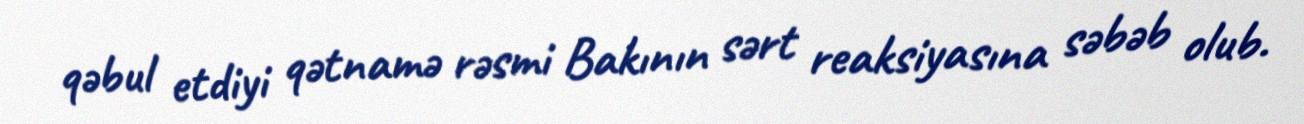
qəbul etdiyi qətnamə rəsmi Bakının sərt reaksiyasına səbəb olub.